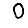
Digit: 0